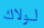
لولاك